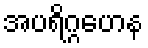
အပရိဂ္ဂဟေန